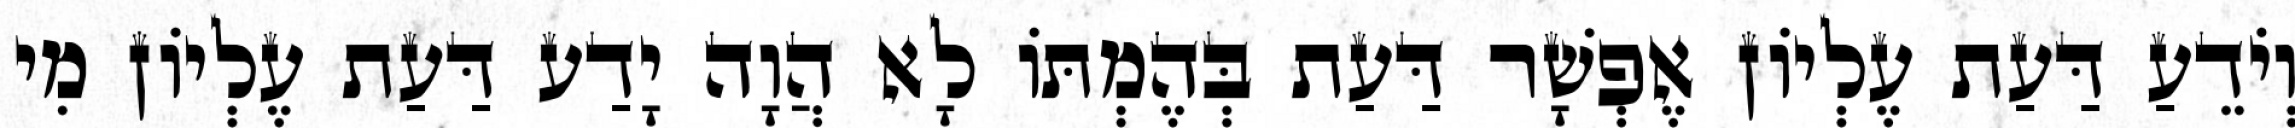
וְיֹדֵעַ דַּעַת עֶלְיוֹן אֶפְשָׁר דַּעַת בְּהֶמְתּוֹ לָא הֲוָה יָדַע דַּעַת עֶלְיוֹן מִי